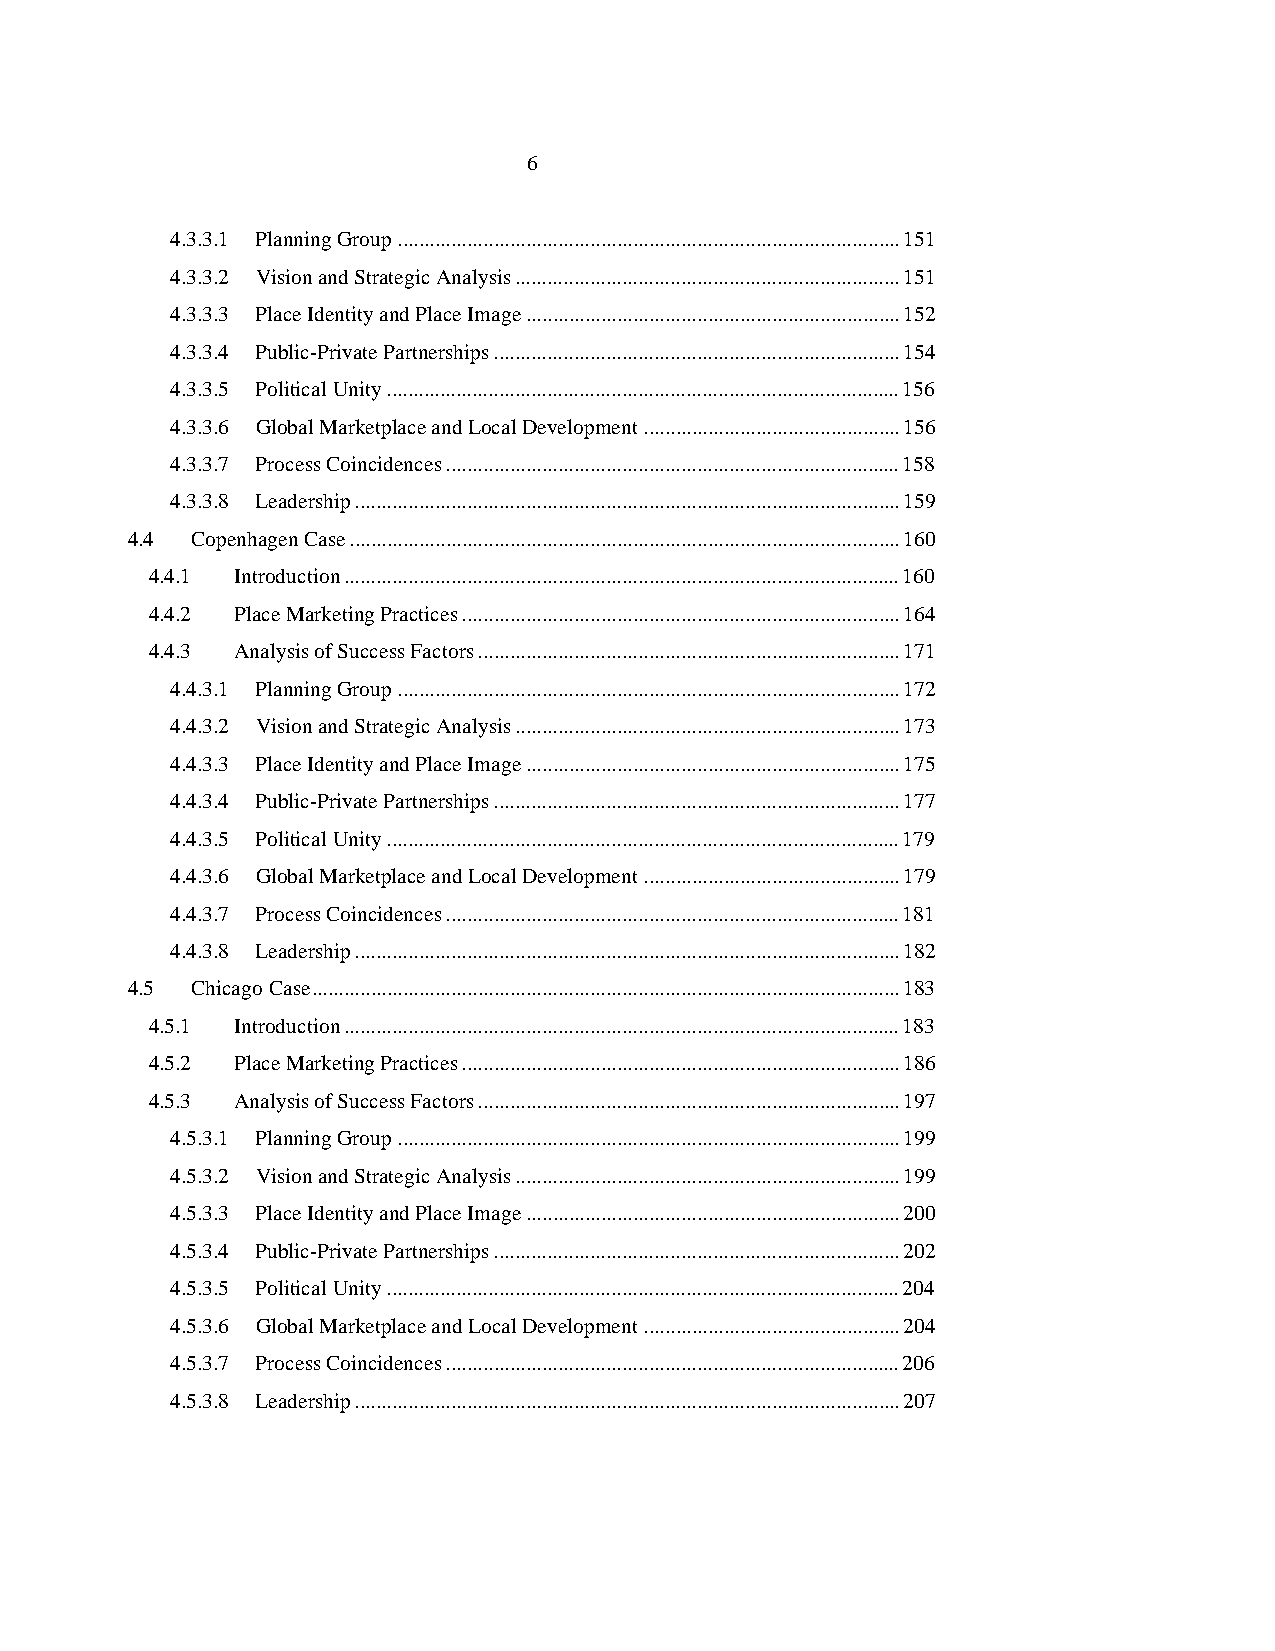
6
 4.3.3.1 Planning Group..............................................................................................151
 4.3.3.2 Vision and Strategic Analysis........................................................................151
 4.3.3.3 Place Identity and Place Image......................................................................152
 4.3.3.4 Public-Private Partnerships............................................................................154
 4.3.3.5 Political Unity................................................................................................156
 4.3.3.6 Global Marketplace and Local Development................................................156
 4.3.3.7 Process Coincidences.....................................................................................158
 4.3.3.8 Leadership......................................................................................................159
 4.4  Copenhagen Case.......................................................................................................160
 4.4.1 Introduction........................................................................................................160
 4.4.2 Place Marketing Practices..................................................................................164
 4.4.3 Analysis of Success Factors...............................................................................171
 4.4.3.1 Planning Group..............................................................................................172
 4.4.3.2 Vision and Strategic Analysis........................................................................173
 4.4.3.3 Place Identity and Place Image......................................................................175
 4.4.3.4 Public-Private Partnerships............................................................................177
 4.4.3.5 Political Unity................................................................................................179
 4.4.3.6 Global Marketplace and Local Development................................................179
 4.4.3.7 Process Coincidences.....................................................................................181
 4.4.3.8 Leadership......................................................................................................182
 4.5  Chicago Case..............................................................................................................183
 4.5.1 Introduction........................................................................................................183
 4.5.2 Place Marketing Practices..................................................................................186
 4.5.3 Analysis of Success Factors...............................................................................197
 4.5.3.1 Planning Group..............................................................................................199
 4.5.3.2 Vision and Strategic Analysis........................................................................199
 4.5.3.3 Place Identity and Place Image......................................................................200
 4.5.3.4 Public-Private Partnerships............................................................................202
 4.5.3.5 Political Unity................................................................................................204
 4.5.3.6 Global Marketplace and Local Development................................................204
 4.5.3.7 Process Coincidences.....................................................................................206
 4.5.3.8 Leadership......................................................................................................207